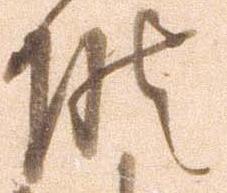
候